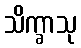
သိက္ခာသု